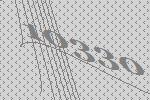
10330